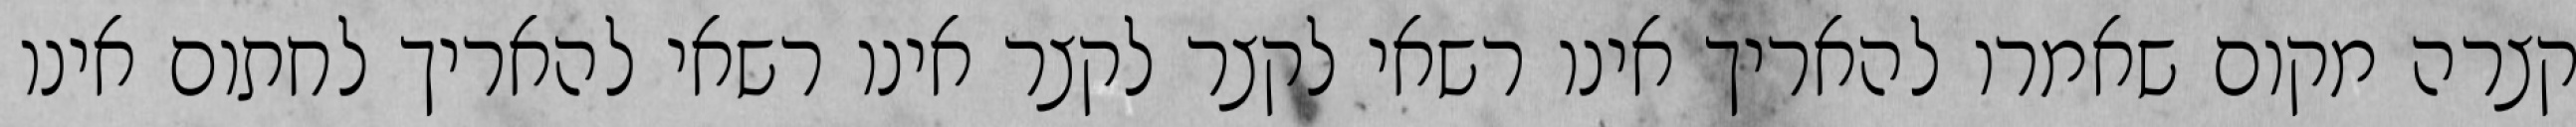
קצרה מקום שאמרו להאריך אינו רשאי לקצר לקצר אינו רשאי להאריך לחתום אינו